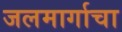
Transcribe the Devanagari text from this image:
जलमार्गाचा